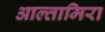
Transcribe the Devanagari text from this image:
आल्तामिरा